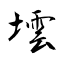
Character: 墵